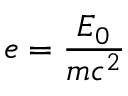
e = \frac { { \cal { E } } _ { 0 } } { m c ^ { 2 } }